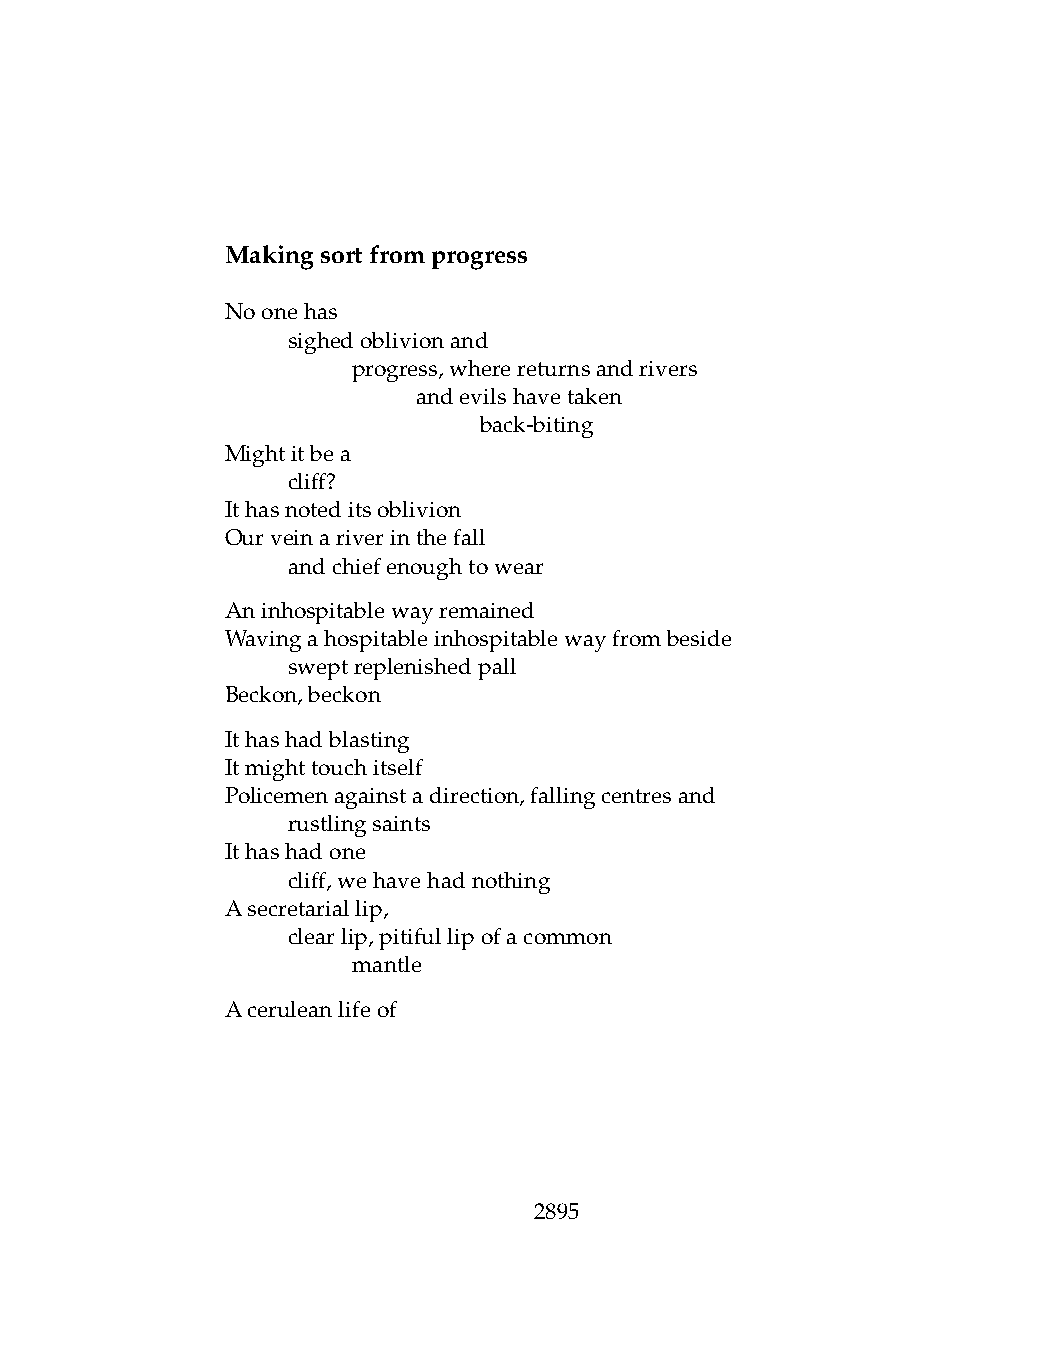
Makingsortfromprogress
 Noonehas
 .   sighedoblivionand
 .   .   progress,wherereturnsandrivers
 .   .   .    andevilshavetaken
 .   .   .    .   back-biting
 Mightitbea
 .   cliff?
 Ithasnoteditsoblivion
 Ourveinariverinthefall
 .   andchiefenoughtowear
 Aninhospitablewayremained
 Wavingahospitableinhospitablewayfrombeside
 .   sweptreplenishedpall
 Beckon,beckon
 Ithashadblasting
 Itmighttouchitself
 Policemenagainstadirection,fallingcentresand
 .   rustlingsaints
 Ithashadone
 .   cliff,wehavehadnothing
 Asecretariallip,
 .   clearlip,pitifullipofacommon
 .   .   mantle
 Aceruleanlifeof
 2895